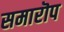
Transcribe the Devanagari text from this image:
समारॊप